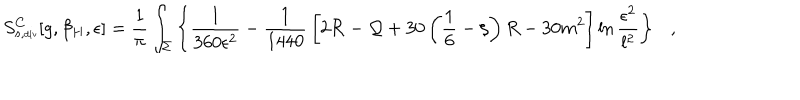
S _ { s , \tiny \mathrm { d i v } } ^ { C } [ g , \beta _ { H } , \epsilon ] = { \frac { 1 } { \pi } } \int _ { \Sigma } \left\{ { \frac { 1 } { 3 6 0 \epsilon ^ { 2 } } } - { \frac { 1 } { 1 4 4 0 } } \left[ 2 { \cal R } - { \cal Q } + 3 0 \left( \frac 1 6 - \xi \right) R - 3 0 m ^ { 2 } \right] \ln { \frac { \epsilon ^ { 2 } } { l ^ { 2 } } } \right\} ,